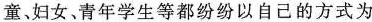
童、妇女、青年学生等都纷纷以自己的方式为